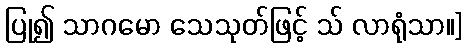
ပြု၍ သာဂမော သေသုတ်ဖြင့် သ် လာရုံသာ။]